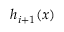
h _ { i + 1 } ( x )